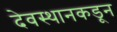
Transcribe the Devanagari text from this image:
देवस्थानकडून